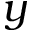
y